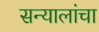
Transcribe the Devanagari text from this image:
सन्यालांचा